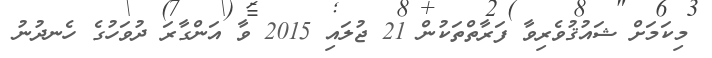
މިކަމަށް ޝައުޤުވެރިވާ ފަރާތްތަކުން 21 ޖުލައި 2015 ވާ އަންގާރަ ދުވަހުގެ ހެނދުނު